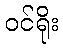
ဝင်ရိုး